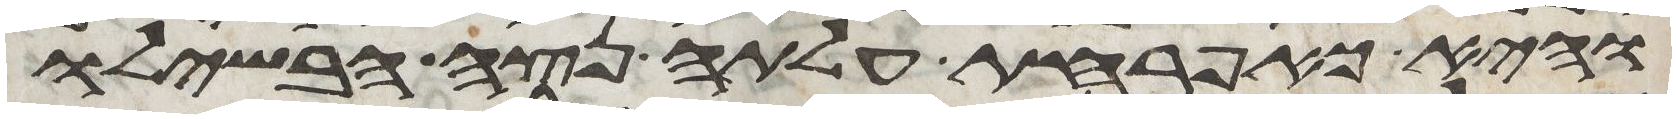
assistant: והיא כאפרחת עלתה נצה הבשילו